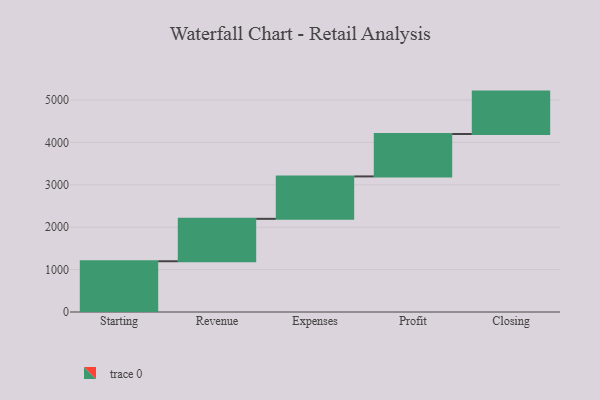
{"axis": {"x": "Step", "y": "Value"}, "legend": [""], "data": [{"x": "Starting", "y": 1197.0, "type": ""}, {"x": "Revenue", "y": 1000, "type": ""}, {"x": "Expenses", "y": 1000, "type": ""}, {"x": "Profit", "y": 1000, "type": ""}, {"x": "Closing", "y": 1000, "type": ""}]}